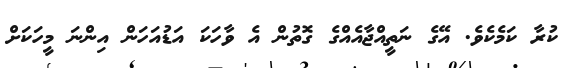
ކުރާ ކަމެކެވެ. އޭގެ ނަތީއްޖާއެއްގެ ގޮތުން އެ ވާހަކަ އަޑުއަހަން އިންނަ މީހަކަށް